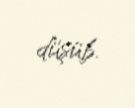
düşüb.